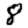
Digit: 8